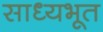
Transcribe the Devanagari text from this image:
साध्यभूत